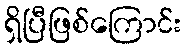
ရှိပြီဖြစ်ကြောင်း